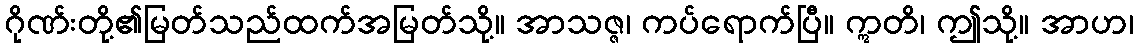
ဂိုဏ်းတို့၏မြတ်သည်ထက်အမြတ်သို့။ အာသဇ္ဇ၊ ကပ်ရောက်ပြီ။ ဣတိ၊ ဤသို့။ အာဟ၊